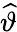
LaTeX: \widehat{\vartheta}